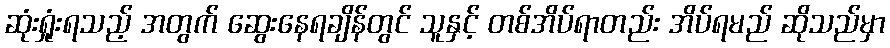
ဆုံးရှုံးရသည့် အတွက် ဆွေးနေရချိန်တွင် သူနှင့် တစ်အိပ်ရာတည်း အိပ်ရမည် ဆိုသည်မှာ